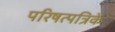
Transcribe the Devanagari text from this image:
परिषत्पत्रिके